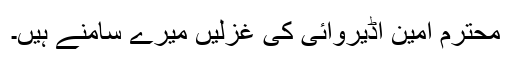
محترم امین اڈیروائی کی غزلیں میرے سامنے ہیں۔